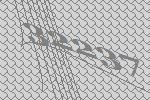
32237